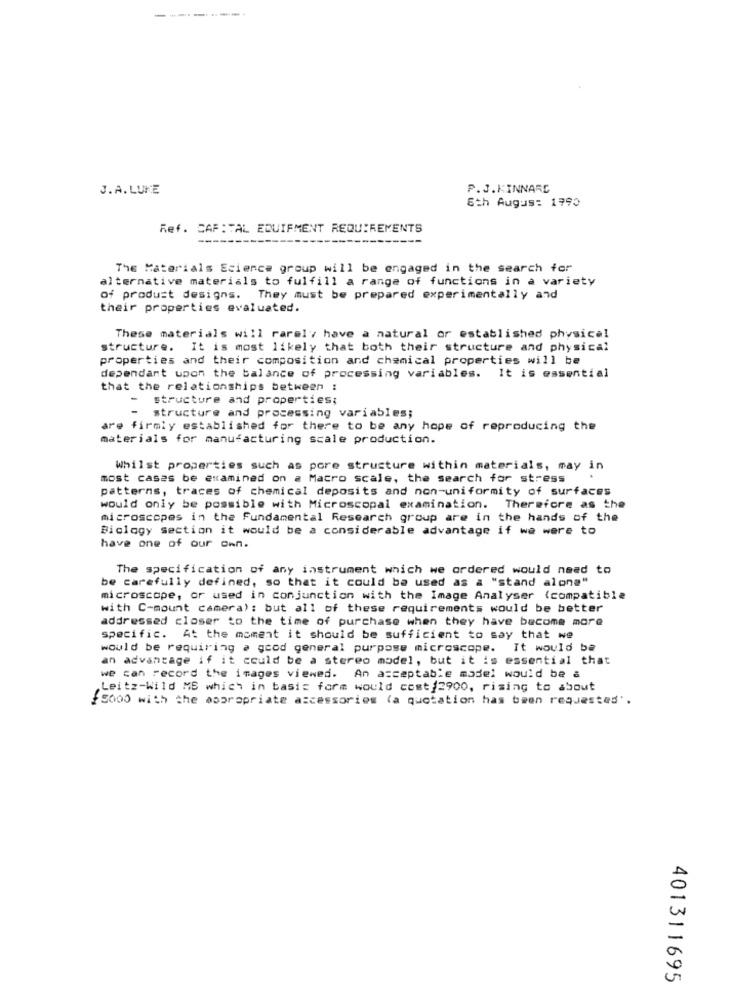
-
J.A.LUKE
P.J.KINNARE
8th August 1995
Ref. CAF :TAL EQUIPMENT REQUIREMENTS
The Materials Ecience group will be engaged in the search for
alternative materials to fulfill a range of functions in a variety
of product designs. They must be prepared experimentally and
their properties evaluated.
These materials will rarely have a natural or established physical
structure. It is most likely that both their structure and physical
properties and their composition and chemical properties will be
dependant upon the balance of processing variables. It is essential
that the relationships between :
structure and properties;
-
structure and processing variables;
are firmly established for there to be any hope of reproducing the
materials for manufacturing scale production.
Whilst properties such as pore structure within materials, may in
most cases be examined on a Macro scale, the search for stress
patterns, traces of chemical deposits and non-uniformity of surfaces
would only be possible with Microscopal examination. Therefore as the
microscopes in the Fundamental Research group are in the hands of the
Biology section it would be a considerable advantage if we were to
have one of our own.
The specification of any instrument which we ordered would need to
be carefully defined, so that it could be used as a "stand alone"
microscope, or used in conjunction with the Image Analyser (compatible
with C-mount camera): but all of these requirements would be better
addressed closer to the time of purchase when they have become more
specific. At the moment it should be sufficient to say that we
would be requiring a good general purpose microscope. It would be
an advantage if it could be a stereo model, but it is essential that
we can record the images viewed. An acceptable model would be a
Leitz-Wild MB which in basic form would cost/2900, rising to about
15000 with the appropriate accessories (a quotation has been requested'.
401311695